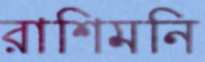
রাশিমনি